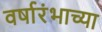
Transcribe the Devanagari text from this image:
वर्षारंभाच्या